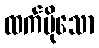
ထက်ပိုသော